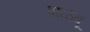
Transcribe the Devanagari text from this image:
वाळवू